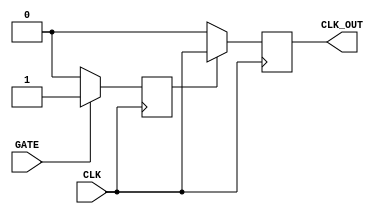
module clock_gating_buffer (
    input wire CLK,       // Primary clock input
    input wire GATE,      // Clock gating enable signal
    output reg CLK_OUT    // Gated clock output
);

// Internal signal to hold the gated clock state
reg gated_clk;

// Edge-triggered flip-flop to synchronize GATE signal with CLK
always @(posedge CLK) begin
    if (GATE) begin
        gated_clk <= 1'b1;  // Enable clock when GATE is high
    end else begin
        gated_clk <= 1'b0;  // Disable clock when GATE is low
    end
end

// Gated clock output logic
always @(posedge CLK) begin
    if (gated_clk) begin
        CLK_OUT <= CLK;      // Pass through the clock when gated_clk is high
    end else begin
        CLK_OUT <= 1'b0;     // Hold low when gated_clk is low
    end
end

endmodule